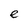
Character: e